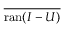
\overline { { \operatorname { r a n } ( I - U ) } }